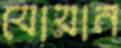
যোয়ান